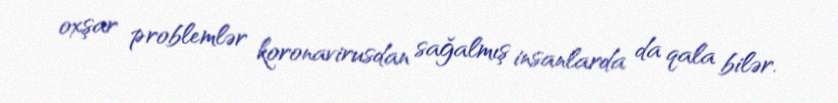
oxşar problemlər koronavirusdan sağalmış insanlarda da qala bilər.